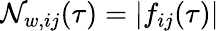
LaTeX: \mathcal{N}_{w,ij}(\tau)=|f_{ij}(\tau)|